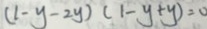
( 1 - y - 2 y ) ( 1 - y + y ) = 0